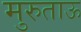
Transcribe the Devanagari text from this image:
मुरुताऊ